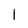
Character: l